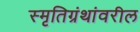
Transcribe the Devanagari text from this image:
स्मृतिग्रंथांवरील